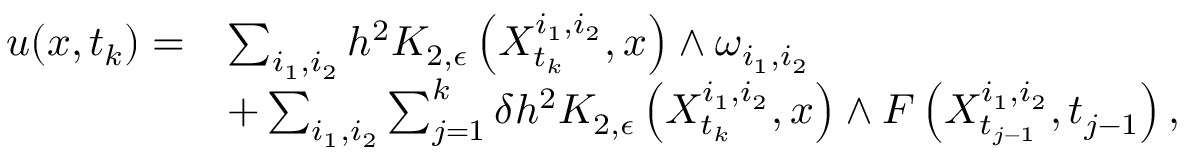
\begin{array} { r l } { u ( x , t _ { k } ) = } & { \sum _ { i _ { 1 } , i _ { 2 } } h ^ { 2 } K _ { 2 , \epsilon } \left( X _ { t _ { k } } ^ { i _ { 1 } , i _ { 2 } } , x \right) \wedge \omega _ { i _ { 1 } , i _ { 2 } } } \\ & { + \sum _ { i _ { 1 } , i _ { 2 } } \sum _ { j = 1 } ^ { k } \delta h ^ { 2 } K _ { 2 , \epsilon } \left( X _ { t _ { k } } ^ { i _ { 1 } , i _ { 2 } } , x \right) \wedge F \left( X _ { t _ { j - 1 } } ^ { i _ { 1 } , i _ { 2 } } , t _ { j - 1 } \right) , } \end{array}